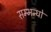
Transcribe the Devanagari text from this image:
सम्भन्धो